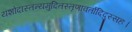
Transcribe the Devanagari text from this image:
यशोदास्तन्यमुदितस्तृणावर्तादिदुस्सहः।